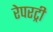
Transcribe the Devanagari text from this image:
रेपरट्री